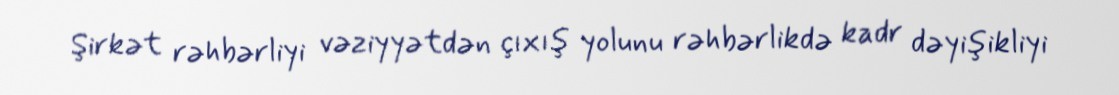
Şirkət rəhbərliyi vəziyyətdən çıxış yolunu rəhbərlikdə kadr dəyişikliyi